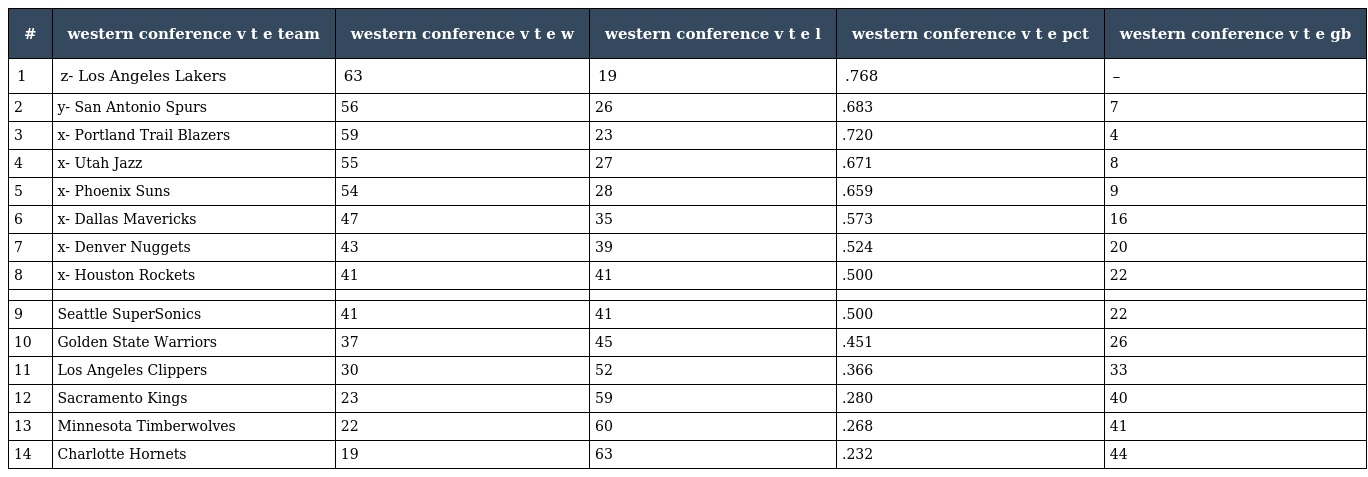
| # | western conference v t e team | western conference v t e w | western conference v t e l | western conference v t e pct | western conference v t e gb |
 | --- | --- | --- | --- | --- | --- |
 | 1 | z- Los Angeles Lakers | 63 | 19 | .768 | – |
 | 2 | y- San Antonio Spurs | 56 | 26 | .683 | 7 |
 | 3 | x- Portland Trail Blazers | 59 | 23 | .720 | 4 |
 | 4 | x- Utah Jazz | 55 | 27 | .671 | 8 |
 | 5 | x- Phoenix Suns | 54 | 28 | .659 | 9 |
 | 6 | x- Dallas Mavericks | 47 | 35 | .573 | 16 |
 | 7 | x- Denver Nuggets | 43 | 39 | .524 | 20 |
 | 8 | x- Houston Rockets | 41 | 41 | .500 | 22 |
 |  |  |  |  |  |  |
 | 9 | Seattle SuperSonics | 41 | 41 | .500 | 22 |
 | 10 | Golden State Warriors | 37 | 45 | .451 | 26 |
 | 11 | Los Angeles Clippers | 30 | 52 | .366 | 33 |
 | 12 | Sacramento Kings | 23 | 59 | .280 | 40 |
 | 13 | Minnesota Timberwolves | 22 | 60 | .268 | 41 |
 | 14 | Charlotte Hornets | 19 | 63 | .232 | 44 |